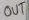
Text: OUT